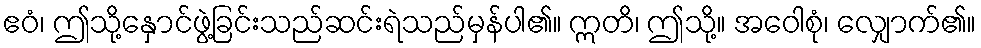
ဧဝံ၊ ဤသို့နှောင်ဖွဲ့ခြင်းသည်ဆင်းရဲသည်မှန်ပါ၏။ ဣတိ၊ ဤသို့။ အဝေါစုံ၊ လျှောက်၏။